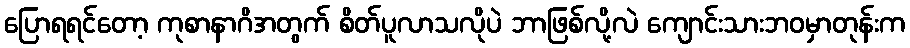
ပြောရရင်တော့ ကုစာနာဂိအတွက် စိတ်ပူလာသလိုပဲ ဘာဖြစ်လို့လဲ ကျောင်းသားဘဝမှာတုန်းက